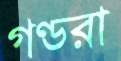
গণ্ডরা